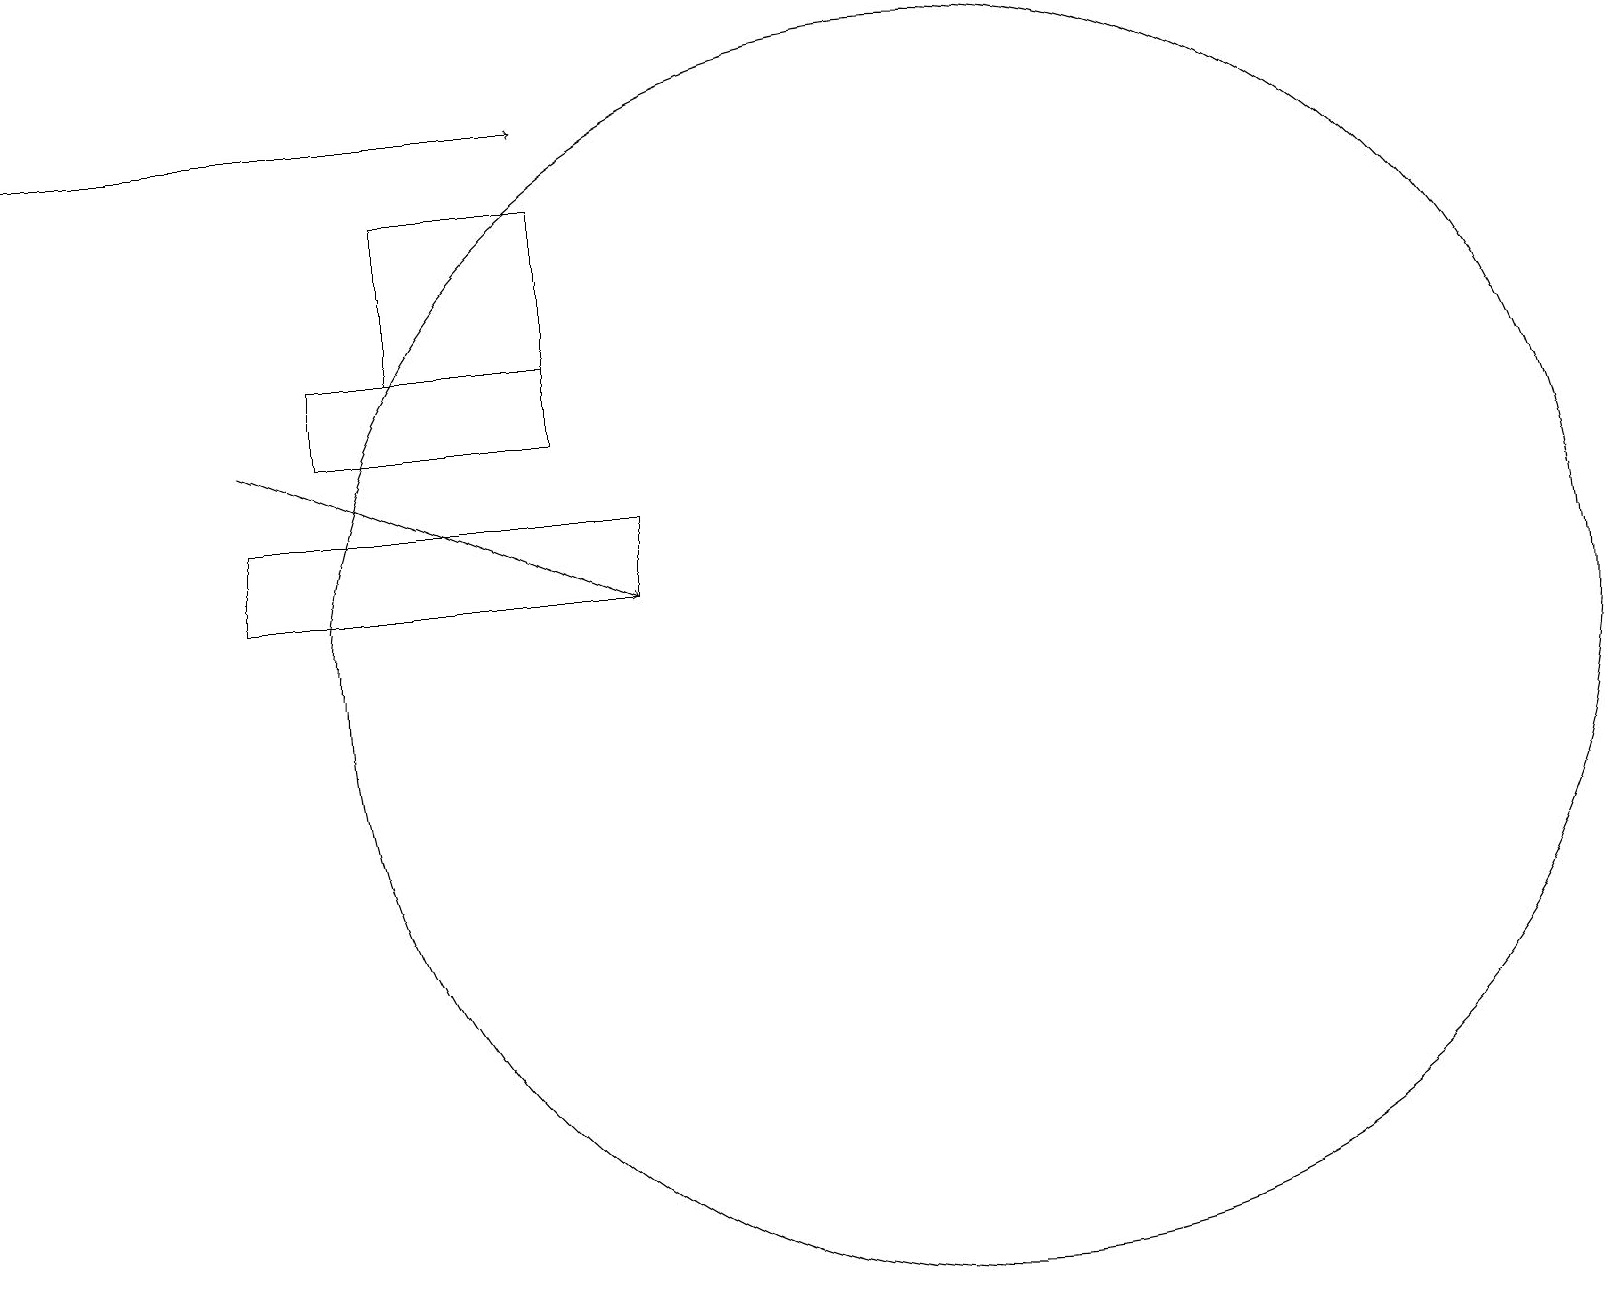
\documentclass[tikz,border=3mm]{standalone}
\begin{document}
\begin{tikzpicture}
\draw (12,11) circle (8);
\draw (4,15) rectangle (7,14);
\draw (5,17) rectangle (6,17);
\draw (8,12) rectangle (3,13);
\draw[->] (3,14) -- (8,12);
\draw (5,15) rectangle (7,17);
\draw[->] (0,18) -- (7,18);
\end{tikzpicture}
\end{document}